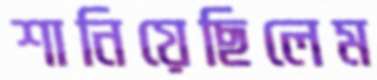
শানিয়েছিলেম